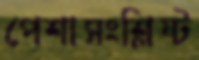
পেশাসংশ্লিষ্ট